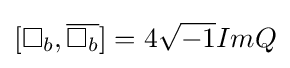
[\Box _{b},{\overline {\Box _{b}}}]=4{\sqrt {-1}}ImQ